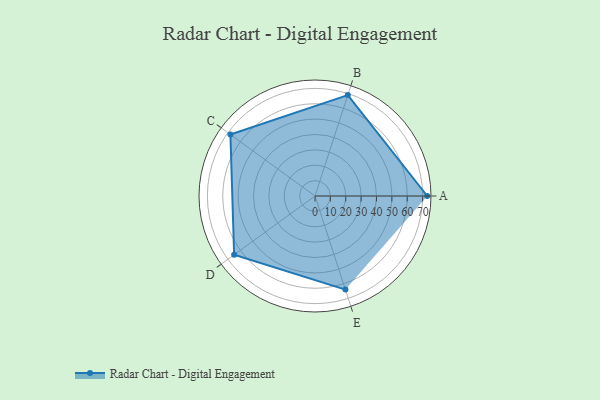
{"axis": {"x": "Skill", "y": "Score"}, "legend": ["Profile"], "data": [{"x": "A", "y": 73.0, "type": "Profile"}, {"x": "B", "y": 69.0, "type": "Profile"}, {"x": "C", "y": 68.0, "type": "Profile"}, {"x": "D", "y": 65.0, "type": "Profile"}, {"x": "E", "y": 64.0, "type": "Profile"}]}